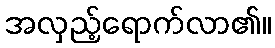
အလှည့်ရောက်လာ၏။